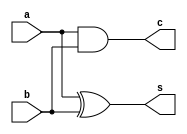
`timescale 1ps/1ps
module halfadder(a,b,c,s);
  input a,b;
  output c,s;
  
  assign #30 s = a ^ b; 
  assign #20 c = a & b; 
  
endmodule